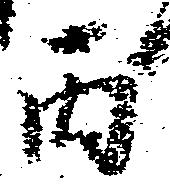
丙